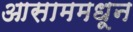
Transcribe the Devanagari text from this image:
आसाममधून